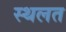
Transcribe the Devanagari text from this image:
स्थलत